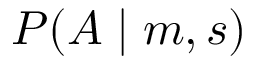
P ( A \mid m , s )